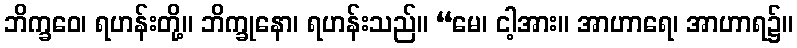
ဘိက္ခဝေ၊ ရဟန်းတို့။ ဘိက္ခုနော၊ ရဟန်းသည်။ “မေ၊ ငါ့အား။ အာဟာရေ၊ အာဟာရ၌။